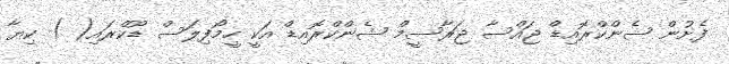
ފެށުން ޝެންކްރޮއިޑް ޖައްސާ ޖަރާސީމް ޝެންކްރޮއިޑް އަކީ ހީމޯފިލަސް ޑޫކްރައި( ) ކިޔާ